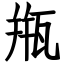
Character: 甁